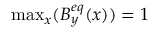
\mathrm { m a x } _ { x } ( B _ { y } ^ { e q } ( x ) ) = 1